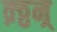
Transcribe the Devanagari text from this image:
क़्ठ्ठन्र्